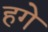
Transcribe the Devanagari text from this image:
हगे